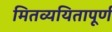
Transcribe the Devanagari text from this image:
मितव्ययितापूर्ण